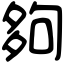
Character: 夠